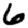
Digit: 6